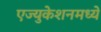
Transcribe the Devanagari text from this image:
एज्युकेशनमध्ये